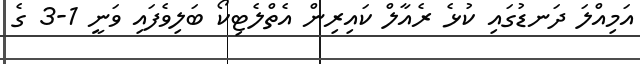
އަމިއްލަ ދަނޑުގައި ކުޅެ ރެއާލް ކައިރިން އެތްލެޓިކޯ ބަލިވެފައި ވަނީ 1-3 ގެ